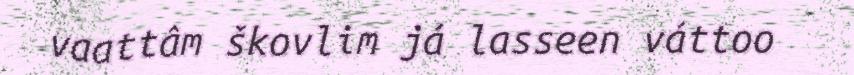
vaattâm škovlim já lasseen váttoo